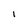
Character: 1